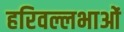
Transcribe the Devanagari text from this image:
हरिवल्लभाओं